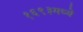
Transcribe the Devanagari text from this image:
१६९३मध्ये